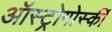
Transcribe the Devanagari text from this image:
ऑस्ट्रोगोर्स्की